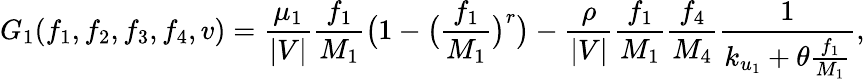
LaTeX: G_{1}(f_{1},f_{2},f_{3},f_{4},v)=\frac{\mu_{1}}{|V|}\frac{f_{1}}{M_{1}}\big(1-\big(\frac{f_{1}}{M_{1}}\big)^{r}\big)-\frac{\rho}{|V|}\frac{f_{1}}{M_{1}}\frac{f_{4}}{M_{4}}\frac{1}{k_{u_{1}}+\theta\frac{f_{1}}{M_{1}}},